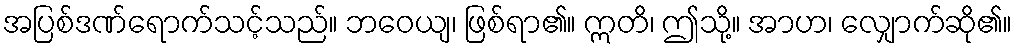
အပြစ်ဒဏ်ရောက်သင့်သည်။ ဘဝေယျ၊ ဖြစ်ရာ၏။ ဣတိ၊ ဤသို့။ အာဟ၊ လျှောက်ဆို၏။